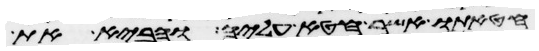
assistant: חטאתו אשר חטא עליה והביא את